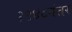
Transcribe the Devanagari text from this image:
१९४८नंतर